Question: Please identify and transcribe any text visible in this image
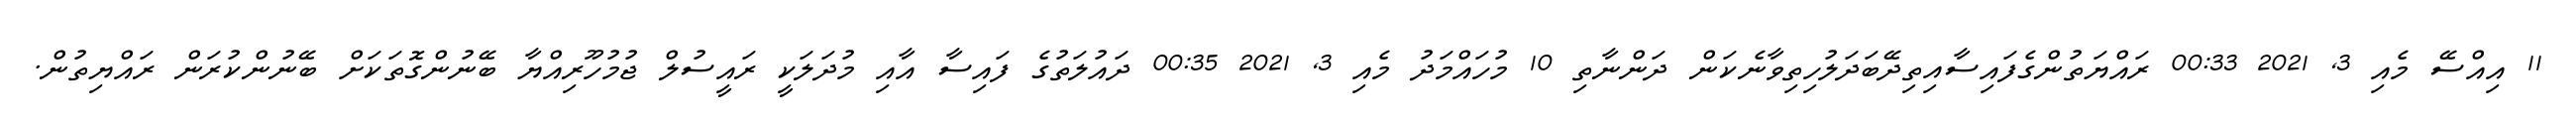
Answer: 11 އިއްސޭ މެއި 3, 2021 00:33 ރައްޔަތުންގެފައިސާއިތިދޭބަދަލުހިތިވާނެކަން ދަންނާތި 10 މުހައްމަދު މެއި 3, 2021 00:35 ދައުލަތުގެ ފައިސާ އާއި މުދަލަކީ ރައީސުލް ޖުމުހޫރިއްޔާ ބޭނުންގޮތަކަށް ބޭނުންކުރަން ރައްޔިތުން.